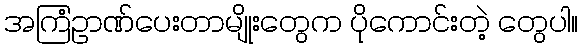
အကြံဥာဏ်ပေးတာမျိုးတွေက ပိုကောင်းတဲ့ တွေပါ။